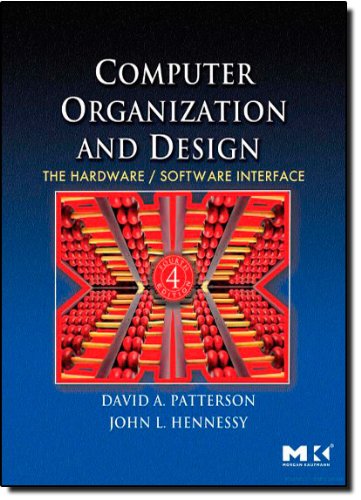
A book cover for Computer Organization and Design, Fourth Edition: The Hardware/Software Interface (The Morgan Kaufmann Series in Computer Architecture and Design); David A. Patterson; Computers & Technology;